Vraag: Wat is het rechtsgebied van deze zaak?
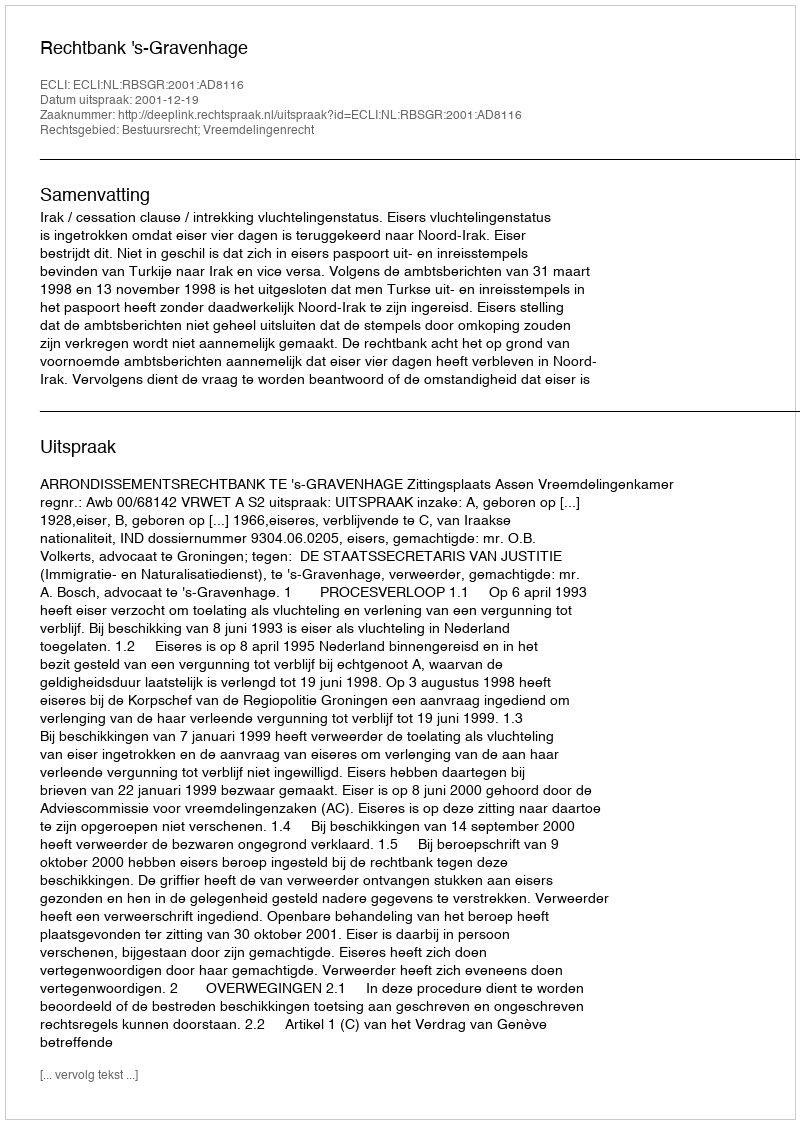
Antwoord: Bestuursrecht; Vreemdelingenrecht